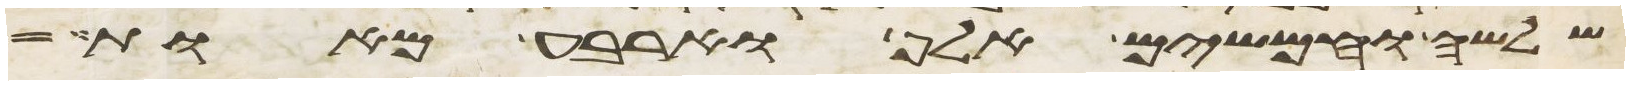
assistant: שלשה וחמשים אלף וארבע מאות